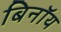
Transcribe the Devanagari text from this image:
बिनॉय